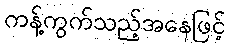
ကန့်ကွက်သည့်အနေဖြင့်